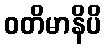
ဝတိမာနိပိ